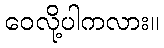
ဝေလို့ပါကလား။